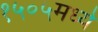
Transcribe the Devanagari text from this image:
१५०५मध्ये